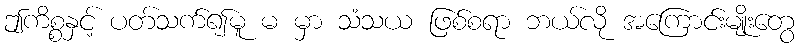
ဤကိစ္စနှင့် ပတ်သက်၍မူ မ မှာ သံသယ ဖြစ်စရာ ဘယ်လို အကြောင်းမျိုးတွေ